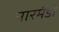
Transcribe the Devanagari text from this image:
नारमंडी